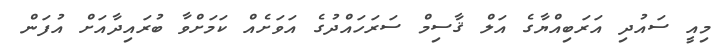
މިއީ ސައުދި އަރަބިއްޔާގެ އަލް ޤާސިމް ސަރަހައްދުގެ އަވަށެއް ކަމަށްވާ ބުރައިދާއަށް އުފަން